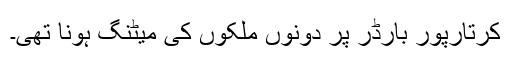
کرتارپور بارڈر پر دونوں ملکوں کی میٹنگ ہونا تھی۔